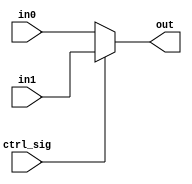
`timescale 1ns / 1ps
//////////////////////////////////////////////////////////////////////////////////
// Company: 
// Engineer: 
// 
// Design Name: 
// Module Name: mux_32
// Project Name: 
// Target Devices: 
// Tool Versions: 
// Description: 
// 
// Dependencies: 
// 
// Revision:
// Revision 0.01 - File Created
// Additional Comments:
// 
//////////////////////////////////////////////////////////////////////////////////


module mux_32(
	input [31:0] in0,
	input [31:0] in1,
	input ctrl_sig,
	output [31:0] out
	);

	assign out = ctrl_sig ? in1 : in0;

endmodule